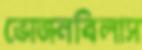
ভোজনবিলাস